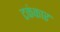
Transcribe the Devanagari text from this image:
टकंकार